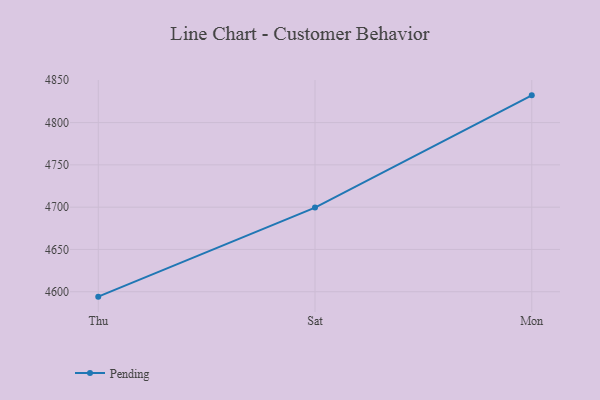
{"axis": {"x": "Day", "y": "Shipments"}, "legend": ["Pending"], "data": [{"x": "Thu", "y": 4594.2, "type": "Pending"}, {"x": "Sat", "y": 4699.5, "type": "Pending"}, {"x": "Mon", "y": 4832.2, "type": "Pending"}]}